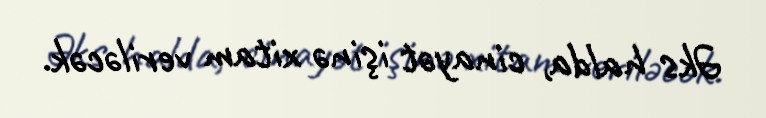
Əks halda, cinayət işinə xitam veriləcək.